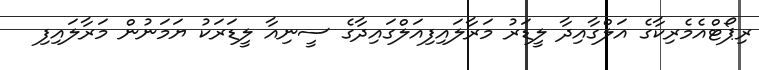
ރިޕޯޓްއެމެރިކާގެ އަލްގާއިދާ ލީޑަރު މަރާލައިފިއަލްގައިދާގެ ސީނިއާ ލީޑަރަކު ޔަމަނުން މަރާލައިފި